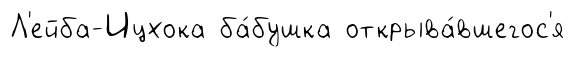
Л'ейба-Ицхока ба́бушка открыва́вшегос'я